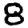
Digit: 8